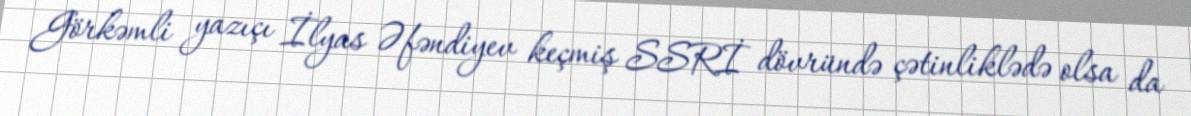
Görkəmli yazıçı İlyas Əfəndiyev keçmiş SSRİ dövründə çətinliklədə olsa da